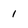
Character: I